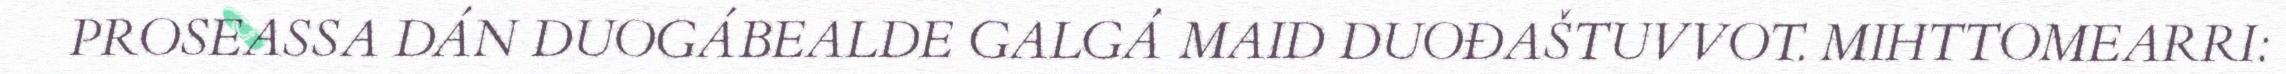
PROSEASSA DÁN DUOGÁBEALDE GALGÁ MAID DUOĐAŠTUVVOT. MIHTTOMEARRI: